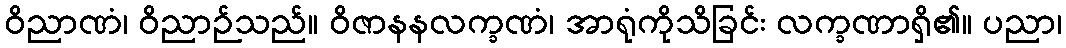
ဝိညာဏံ၊ ဝိညာဉ်သည်။ ဝိဇာနနလက္ခဏံ၊ အာရုံကိုသိခြင်း လက္ခဏာရှိ၏။ ပညာ၊